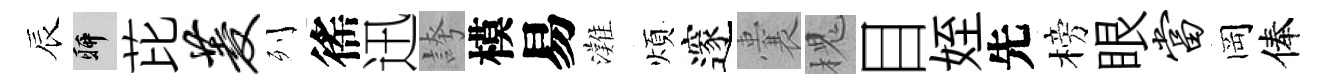
辰聊芘菱列徭迅誇模易灘煩邃囊槐目姪先榜眼当岡俸